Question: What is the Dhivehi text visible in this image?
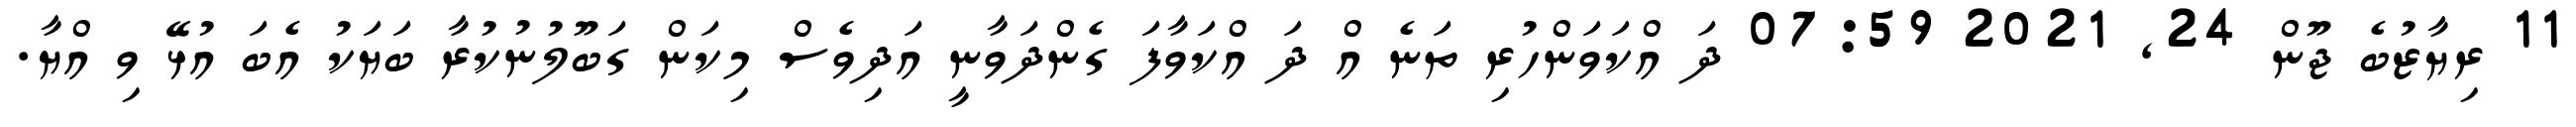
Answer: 11 ރިޔާޒުބެ ޖޫން 24, 2021 07:59 ދަ އްކަވަންހުރި ތަނެ އް ދަ އްކަވާފަ ގެންދަވާނީ އަދިވެސް މިކަން ގަބޫލުނުކުރާ ބަޔަކު އެބަ އުޅޭ ވި އްޔާ.